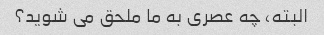
البته، چه عصری به ما ملحق می شوید؟